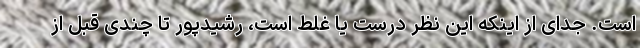
است. جدای از اینکه این نظر درست یا غلط است، رشیدپور تا چندی قبل از